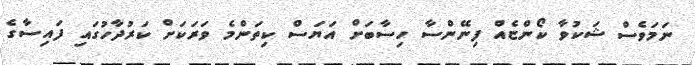
ނަމަވެސް ޝަކުވާ ކޯންޏެއް ފިނޭންސާ ހިސާބަށް އަޔަސް ކިތަންމެ ވަރަކަށް ކަރުދާހުގައި ފައިސާގެ